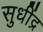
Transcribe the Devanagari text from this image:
सुधींद्र